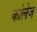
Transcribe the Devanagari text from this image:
कांलेज